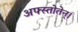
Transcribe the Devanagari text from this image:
अफ्स्तोतेन्।